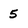
Character: 5